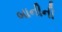
બાનીની